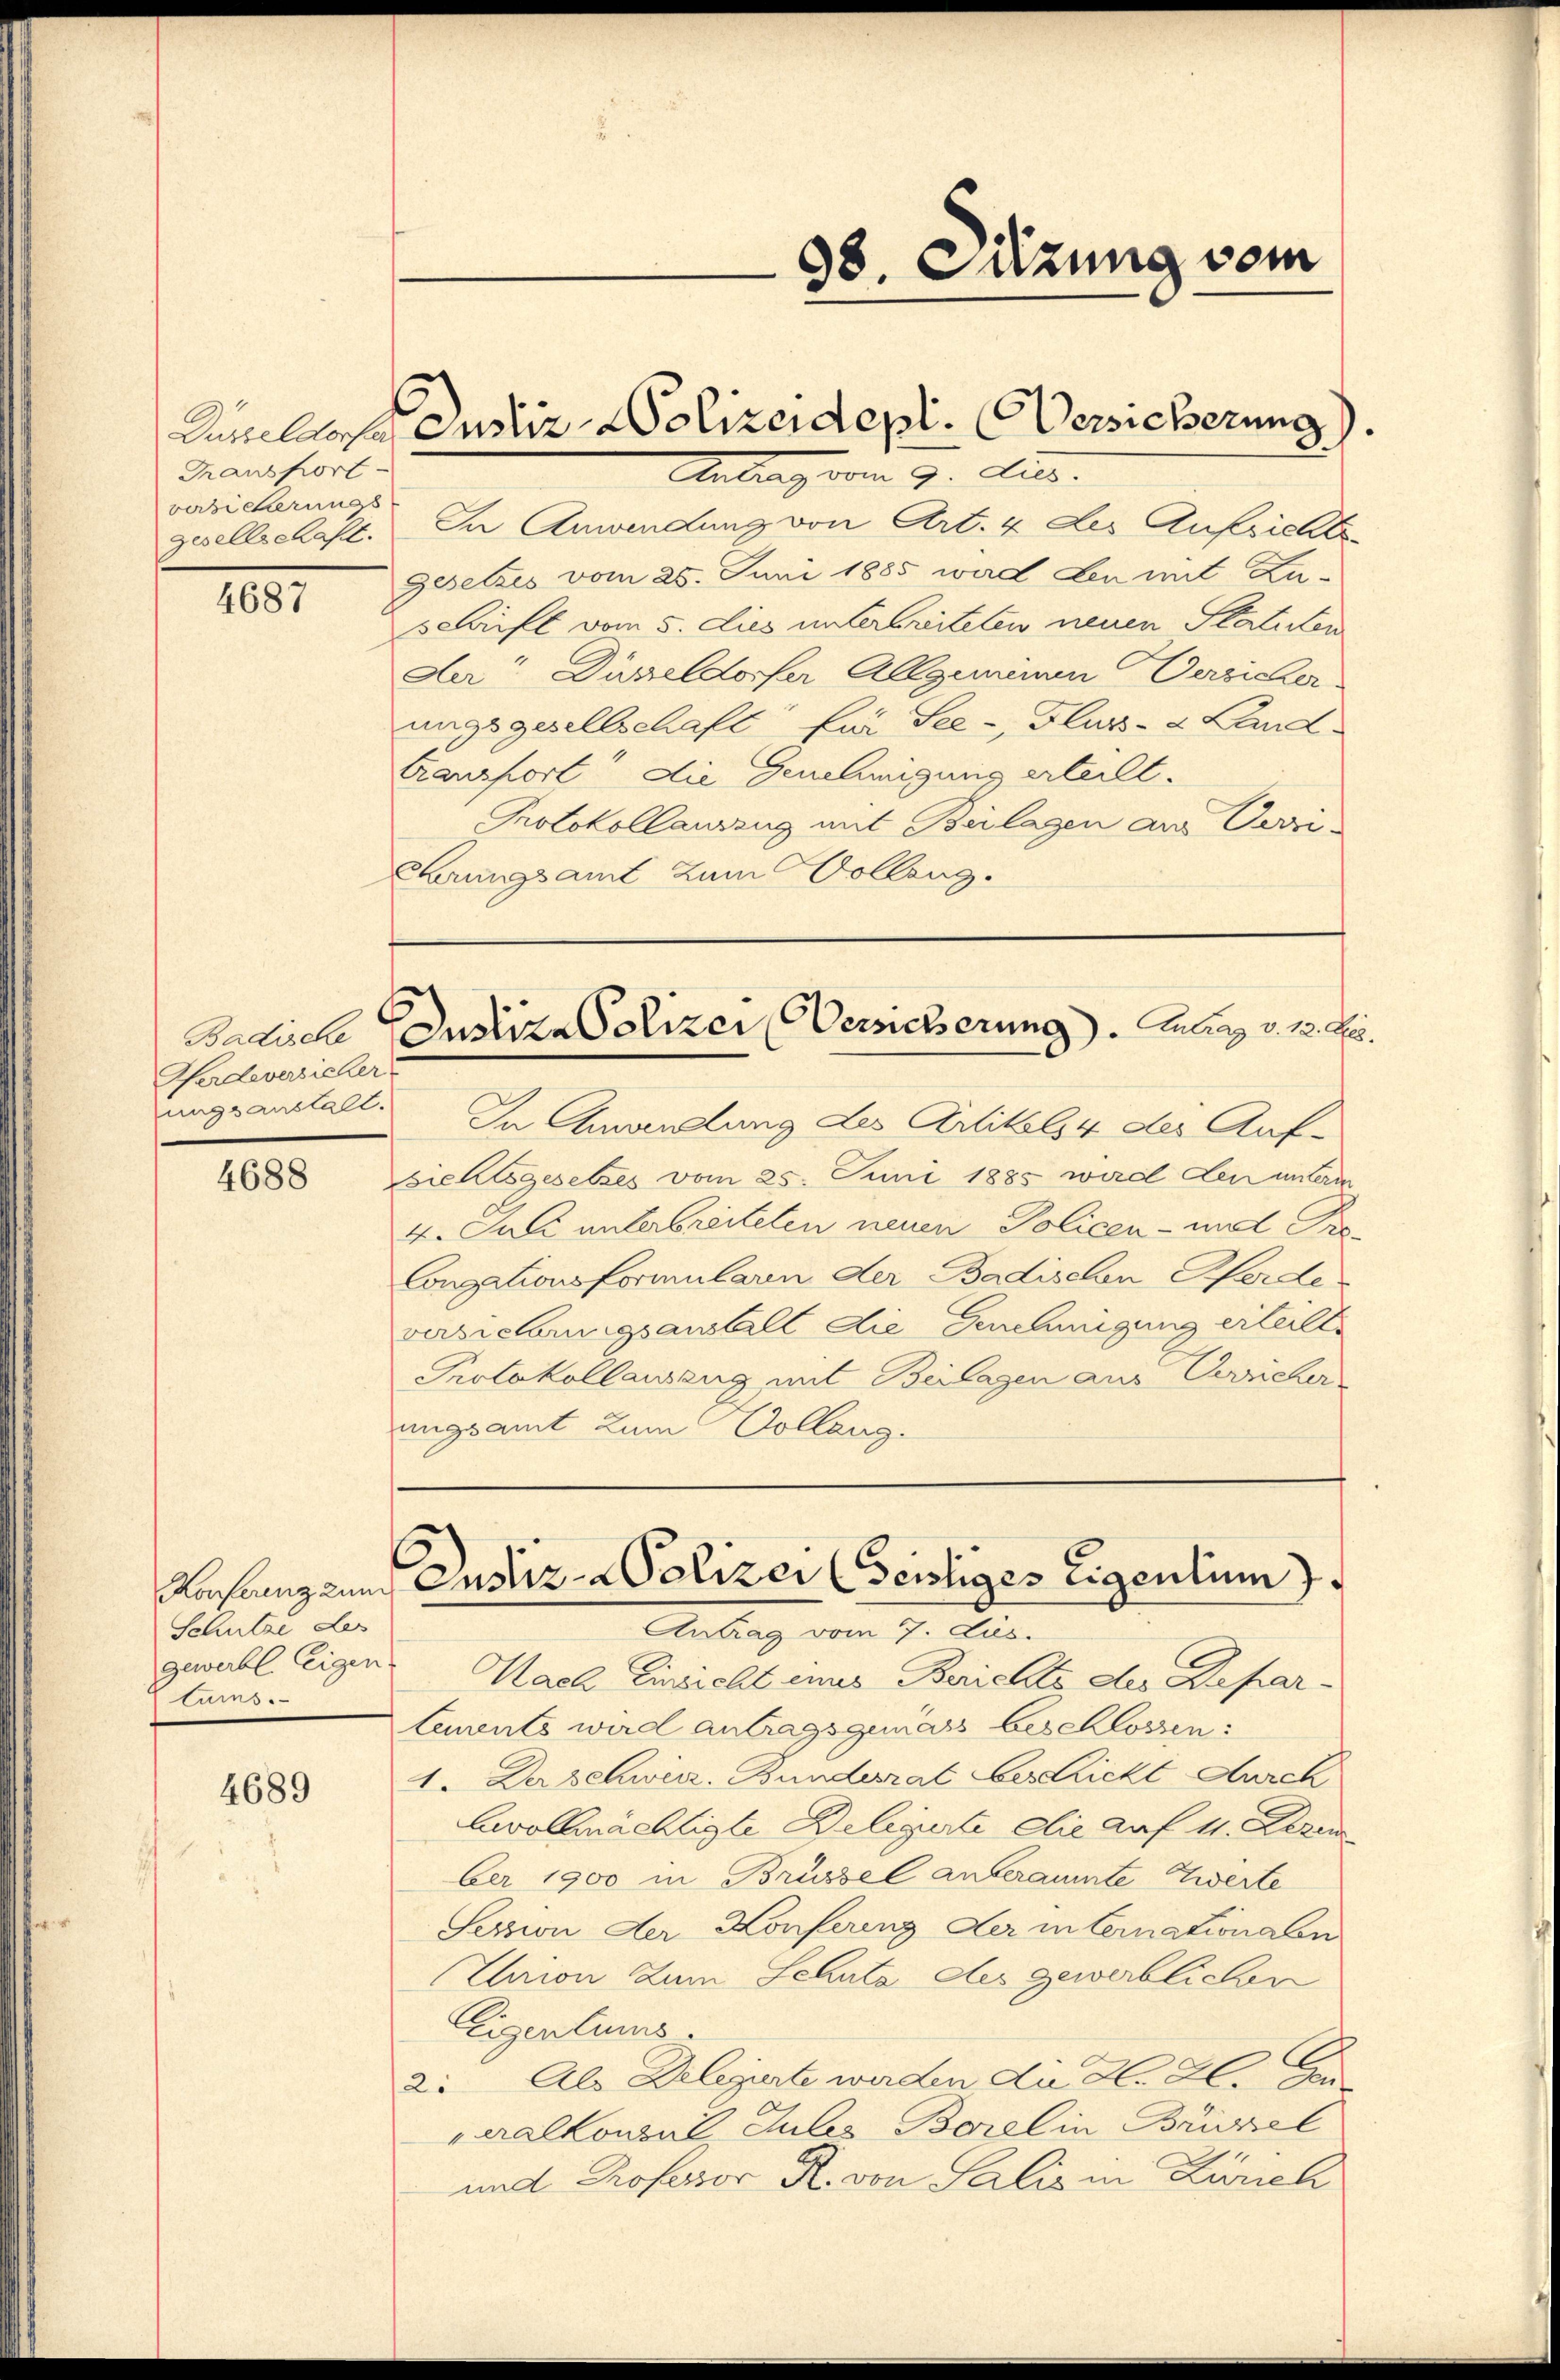
98. Sitzung vom

Kanellose Justiz- & Polizeidept: Versicherung).

Transport.
versicherungs

Antrag vom 9. Dez.
gesellschaft. In Anwendung von Art. 4 des Aufsichts-
Gesetzes vom 25. Juni 1885 ward den mit Zu-
Laift vom 5. dies unterbreiteten neuen Statirten
Der" Düsseldorfer Allgemeinen Versicher
ungsgesellschaft für See-, Fluss- & Land
transport die Genehmigung erteilt.
Protokollauszug mit Beilagen aus Verni-
Ehrungsamt zum Volleng.

4687

Zustiza Polizei Versicherung). Antrag v. 12. Fr.

Badische
Herdeversicher
ungsanstalt.

In Anwendung des Artikels 4 des Auf-
sichtsgesetzes vom 25. Juni 1885 wird den unterm
4. Juli unterbreiteten neuen Policen - und Pro¬
Congationsformularen der Badischen Pferde
versicherungsanstall die Genehmigung erteilte
Protokollauszug mit Beilagen aus Verricher
Antrag vom 7. Jus.
Nach Einsicht eines Berichts des Depar-
tements wird antragsgemäss beschlossen:
1. Der Schwier. Bunderrat der Licht Aurch
bvollmächtigte Beligirte die auf 4. Deze
ber 1900 in Brüssel anberaumte Zwerte
Sezzion der Konfering der internationalen
Caion zum Schutz des gewerblichen
Eigentums.
2: Als Delegierte werden die H. E. Gen
aalkonsul Julis Borel in Brüzel
und Professor R. von Salis in Zürich

4688

ungsamt zum Collang.

ahnung und Justiz - Polizei (seistiges Eigentum)

Schutze des
gewerbl. eigen
turs.

4689